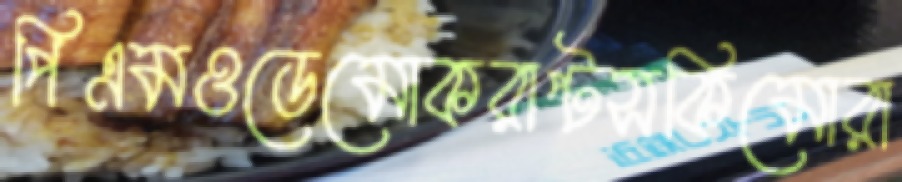
পিএমওডেমোকরাপ্টসকিমোরা